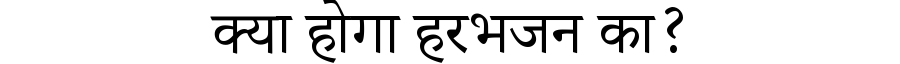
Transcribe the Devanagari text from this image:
क्या होगा हरभजन का?